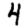
Digit: 4